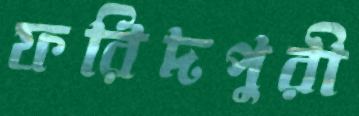
ফরিদপুরী